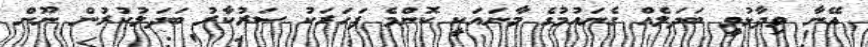
އޭނާ ވިދާޅުވީ ބަދަލެއް ގެނައުމުގެ މާނައަކީ ކޮންމެ ފަހަރަކު ސަރުކާރު ބަދަލުކުރުން ނޫން